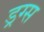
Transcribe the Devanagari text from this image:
ड्रग्‍स